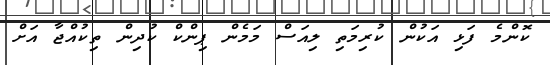
ކޮންމެ ފަޅި އަކުން ކުރިމަތި ލިއަސް މަމެން ޕިންކް ކުދިން ތިކުއްޖާ އަށް